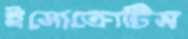
ইসোক্রোটিস